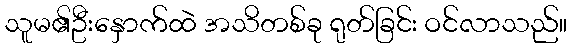
သူမ၏ဦးနှောက်ထဲ အသိတစ်ခု ရုတ်ခြင်း ဝင်လာသည်။